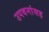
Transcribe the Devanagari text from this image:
उपवनांसह